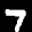
Label: 7